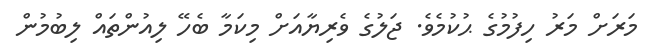
މަރަށް މަރު ހިފުމުގެ ޙުކުމެވެ. ޖަލުގެ ވެރިޔާއަށް މިކަމާ ބެހޭ ލިއުންތައް ލިބުމުން